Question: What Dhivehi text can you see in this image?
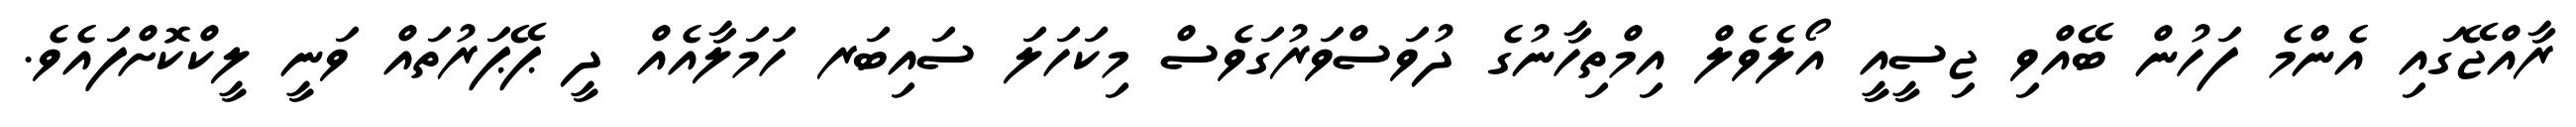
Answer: ރާއްޖޭގައި އެންމެ ފަހުން ބޭއްވި ޖިސީއީ އޯލެވެލް އިމްތިހާނުގެ ދުވަސްވަރުގަވެސް މިކަހަލަ ސައިބަރ ހަމަލާއެއް ދީ ޕޭޕަރުތައް ވަނީ ލީކްކޮށްފައެވެ.